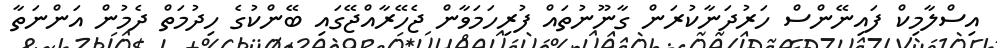
އިސްލާމިކް ފައިނޭންސް ހަރުދަނާކުރަން ގާނޫނުތައް ފުރިހަމަވާން ޖެހޭރާއްޖޭގައި ބޭންކުގެ ހިދުމަތް ދެމުން އަންނަތާ